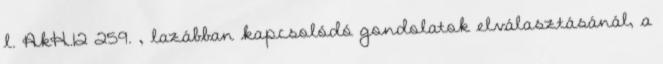
l. AkH.12 259. , lazábban kapcsolódó gondolatok elválasztásánál, a